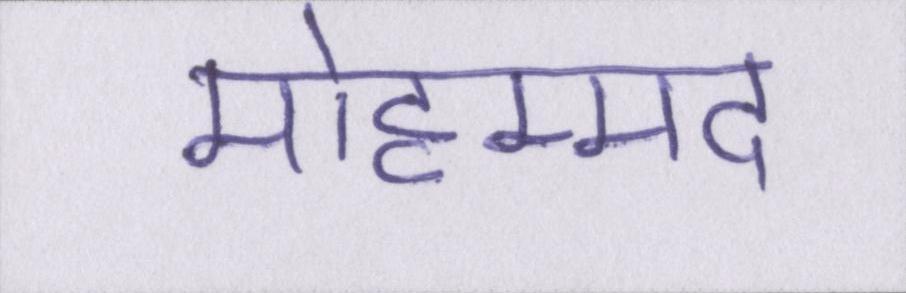
मोहम्मद